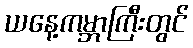
ယနေ့ကမ္ဘာကြီးတွင်